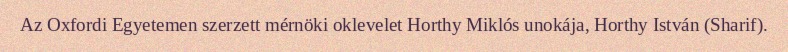
Az Oxfordi Egyetemen szerzett mérnöki oklevelet Horthy Miklós unokája, Horthy István (Sharif).